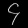
Digit: ၄